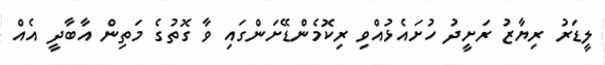
ލީޑަރު ރިޔާޒު ރަށީދު ހުށައެޅުއްވި ރިކޮމެންޑޭށަންގައި ވާ ގޮތުގެ މަތިން އާބާދީ އެއް